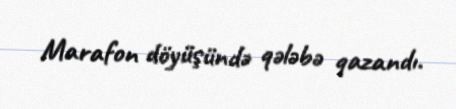
Marafon döyüşündə qələbə qazandı.